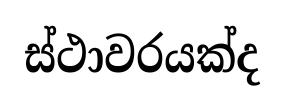
ස්ථාවරයක්ද